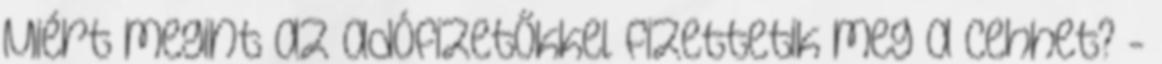
Miért megint az adófizetőkkel fizettetik meg a cehhet? -